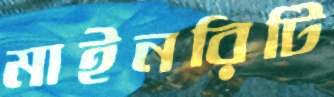
মাইনরিটি